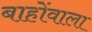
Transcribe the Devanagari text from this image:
बाहोंवाला